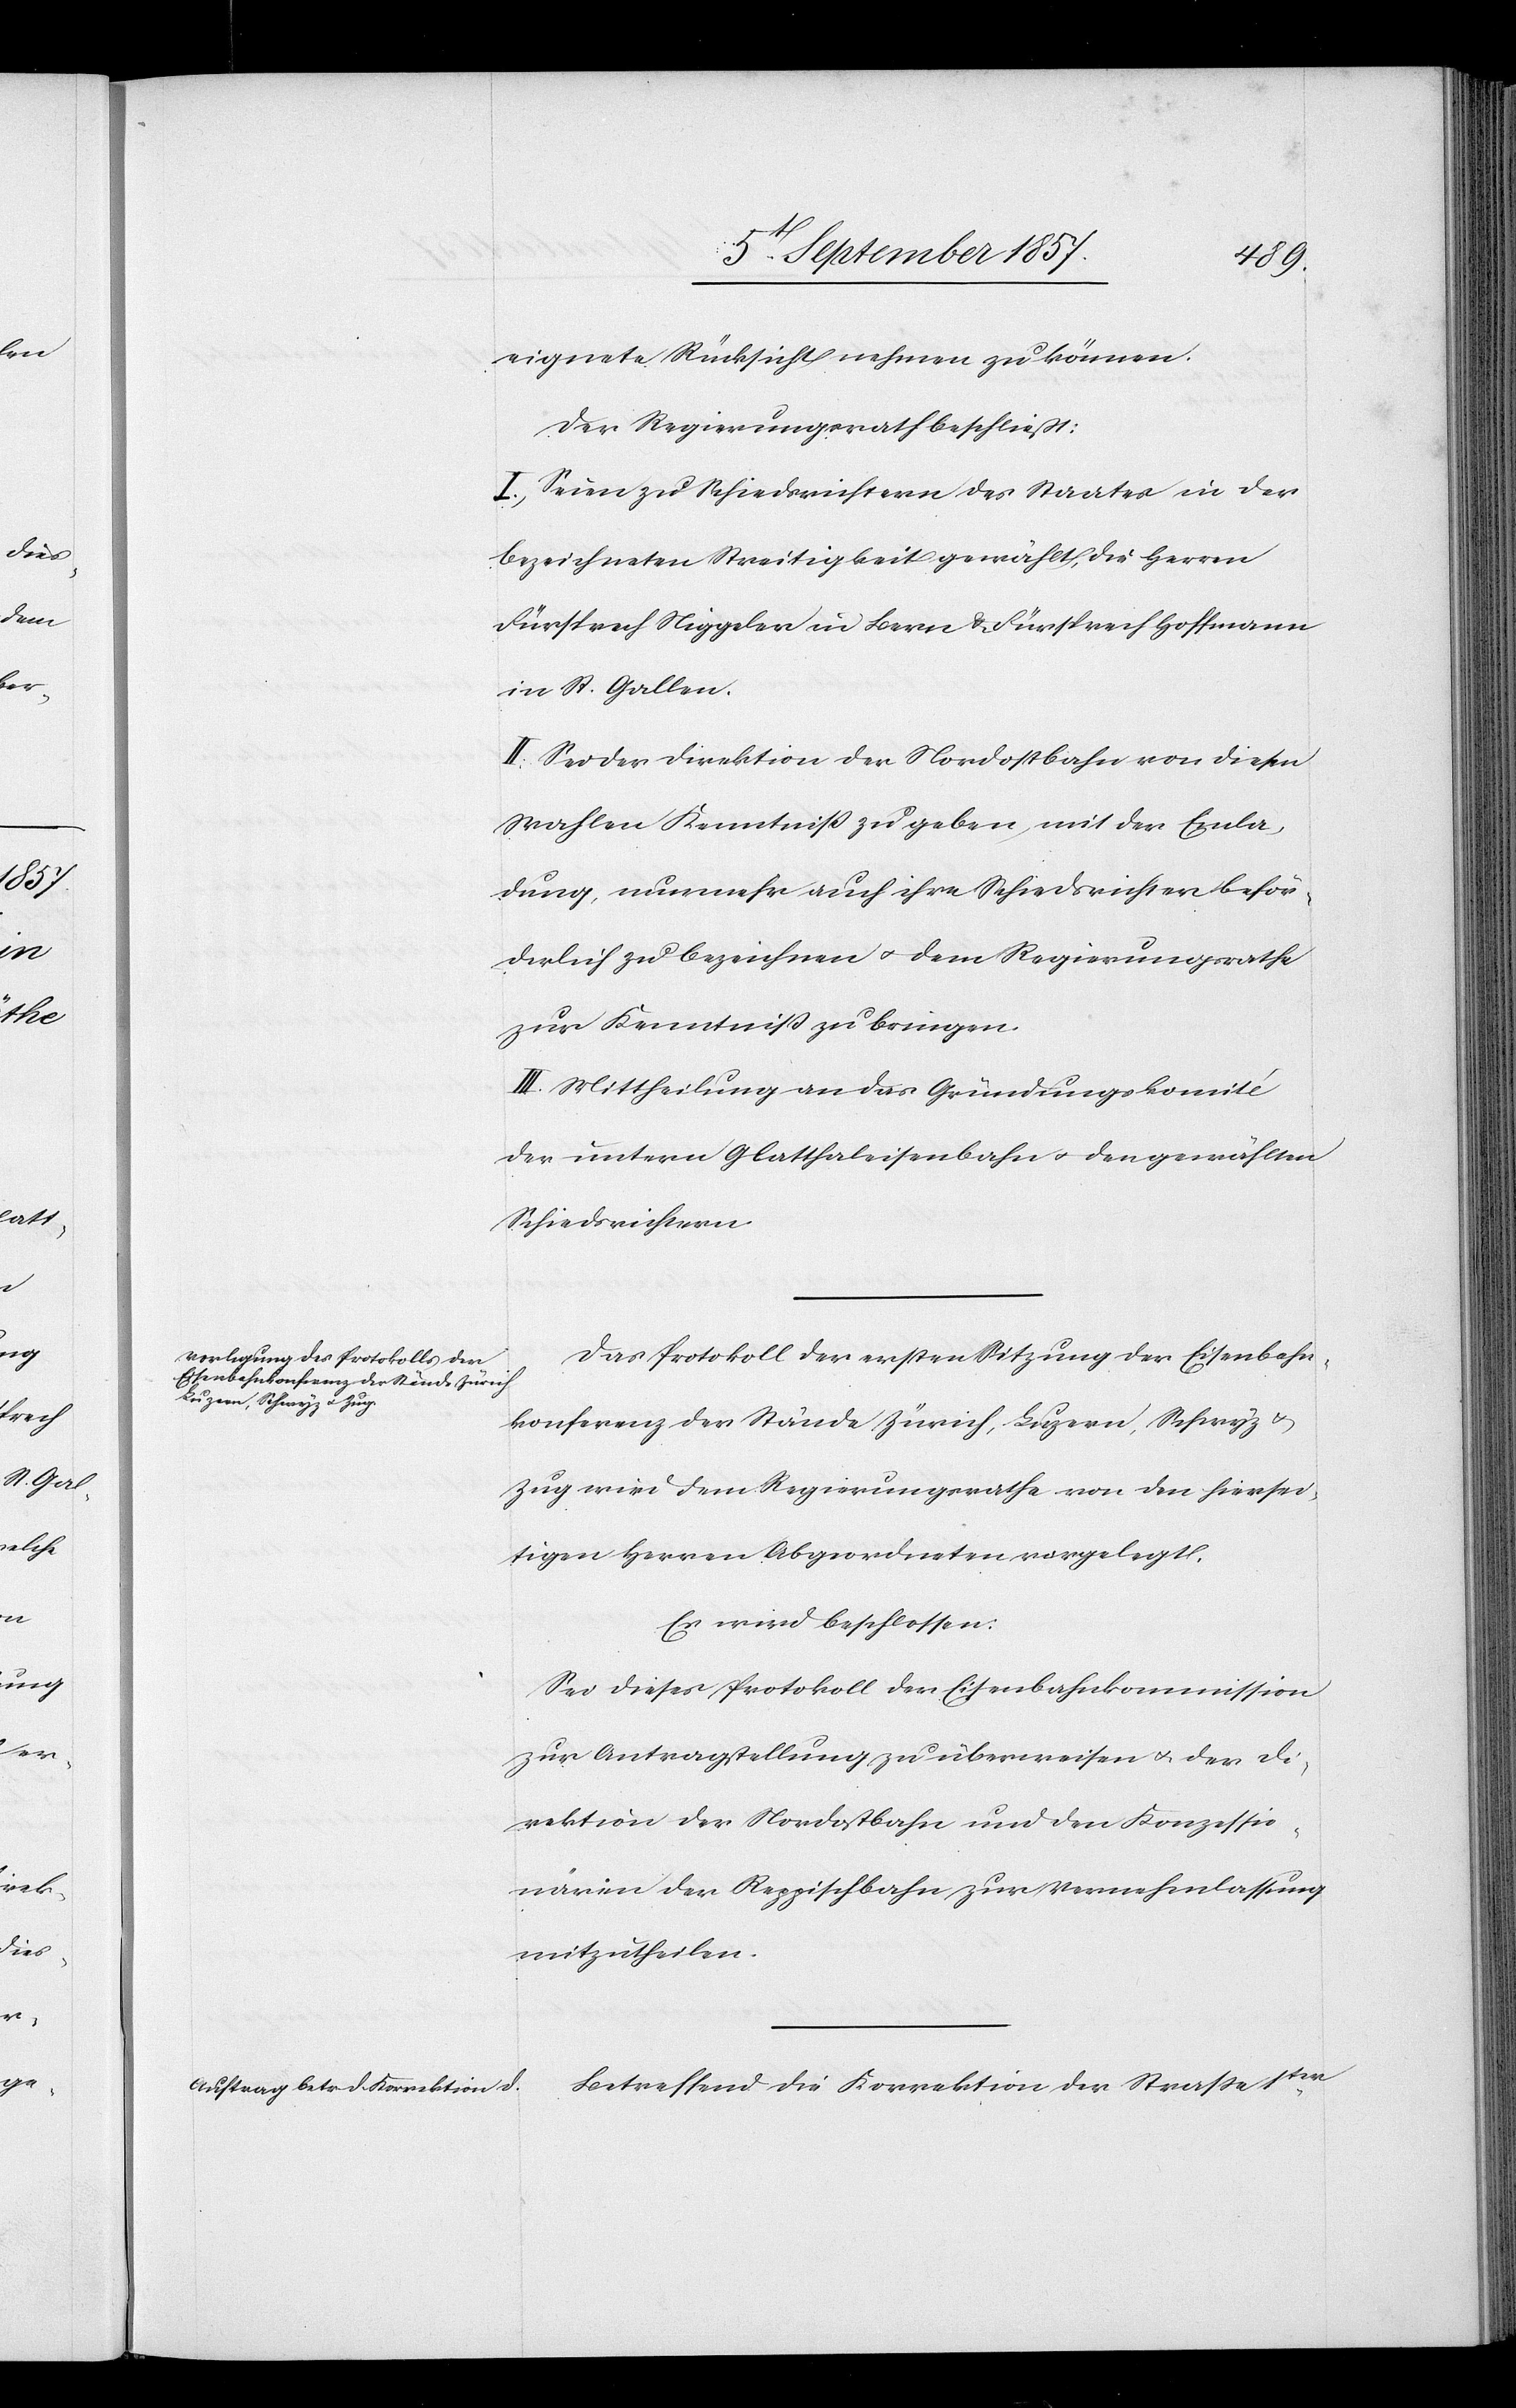
eignete Rücksicht nehmen zu können.
Der Regierungsrath beschließt:
I. Seien zu Schiedsrichtern des Staates in der
bezeichneten Streitigkeit gewählt, die Herren
Fürsprech Niggeler in Bern & Fürsprech Hoffmann
in St. Gallen.
II. Sei der Direktion der Nordostbahn von diesen
Wahlen Kenntniß zu geben, mit der Einla¬
dung, nunmehr auch ihre Schiedsrichter beför¬
derlich zu bezeichnen & dem Regierungsrathe
zur Kenntniß zu bringen.
III. Mittheilung an das Gründungskomité
der untern Glatthaleisenbahn & den gewählten
Schiedsrichtern.
Das Protokoll der ersten Sitzung der Eisenbahn¬
konferenz der Stände Zürich, Luzern, Schwyz &
Zug wird dem Regierungsrathe von den hiersei¬
tigen Herren Abgeordneten vorgelegt.
Es wird beschlossen:
Sei dieses Protokoll der Eisenbahnkommission
zur Antragstellung zu überweisen & der Di¬
rektion der Nordostbahn und den Konzessio¬
nären der Reppischbahn zur Vernehmlassung
mitzutheilen.
Betreffend die Korrektion der Straße 1ter